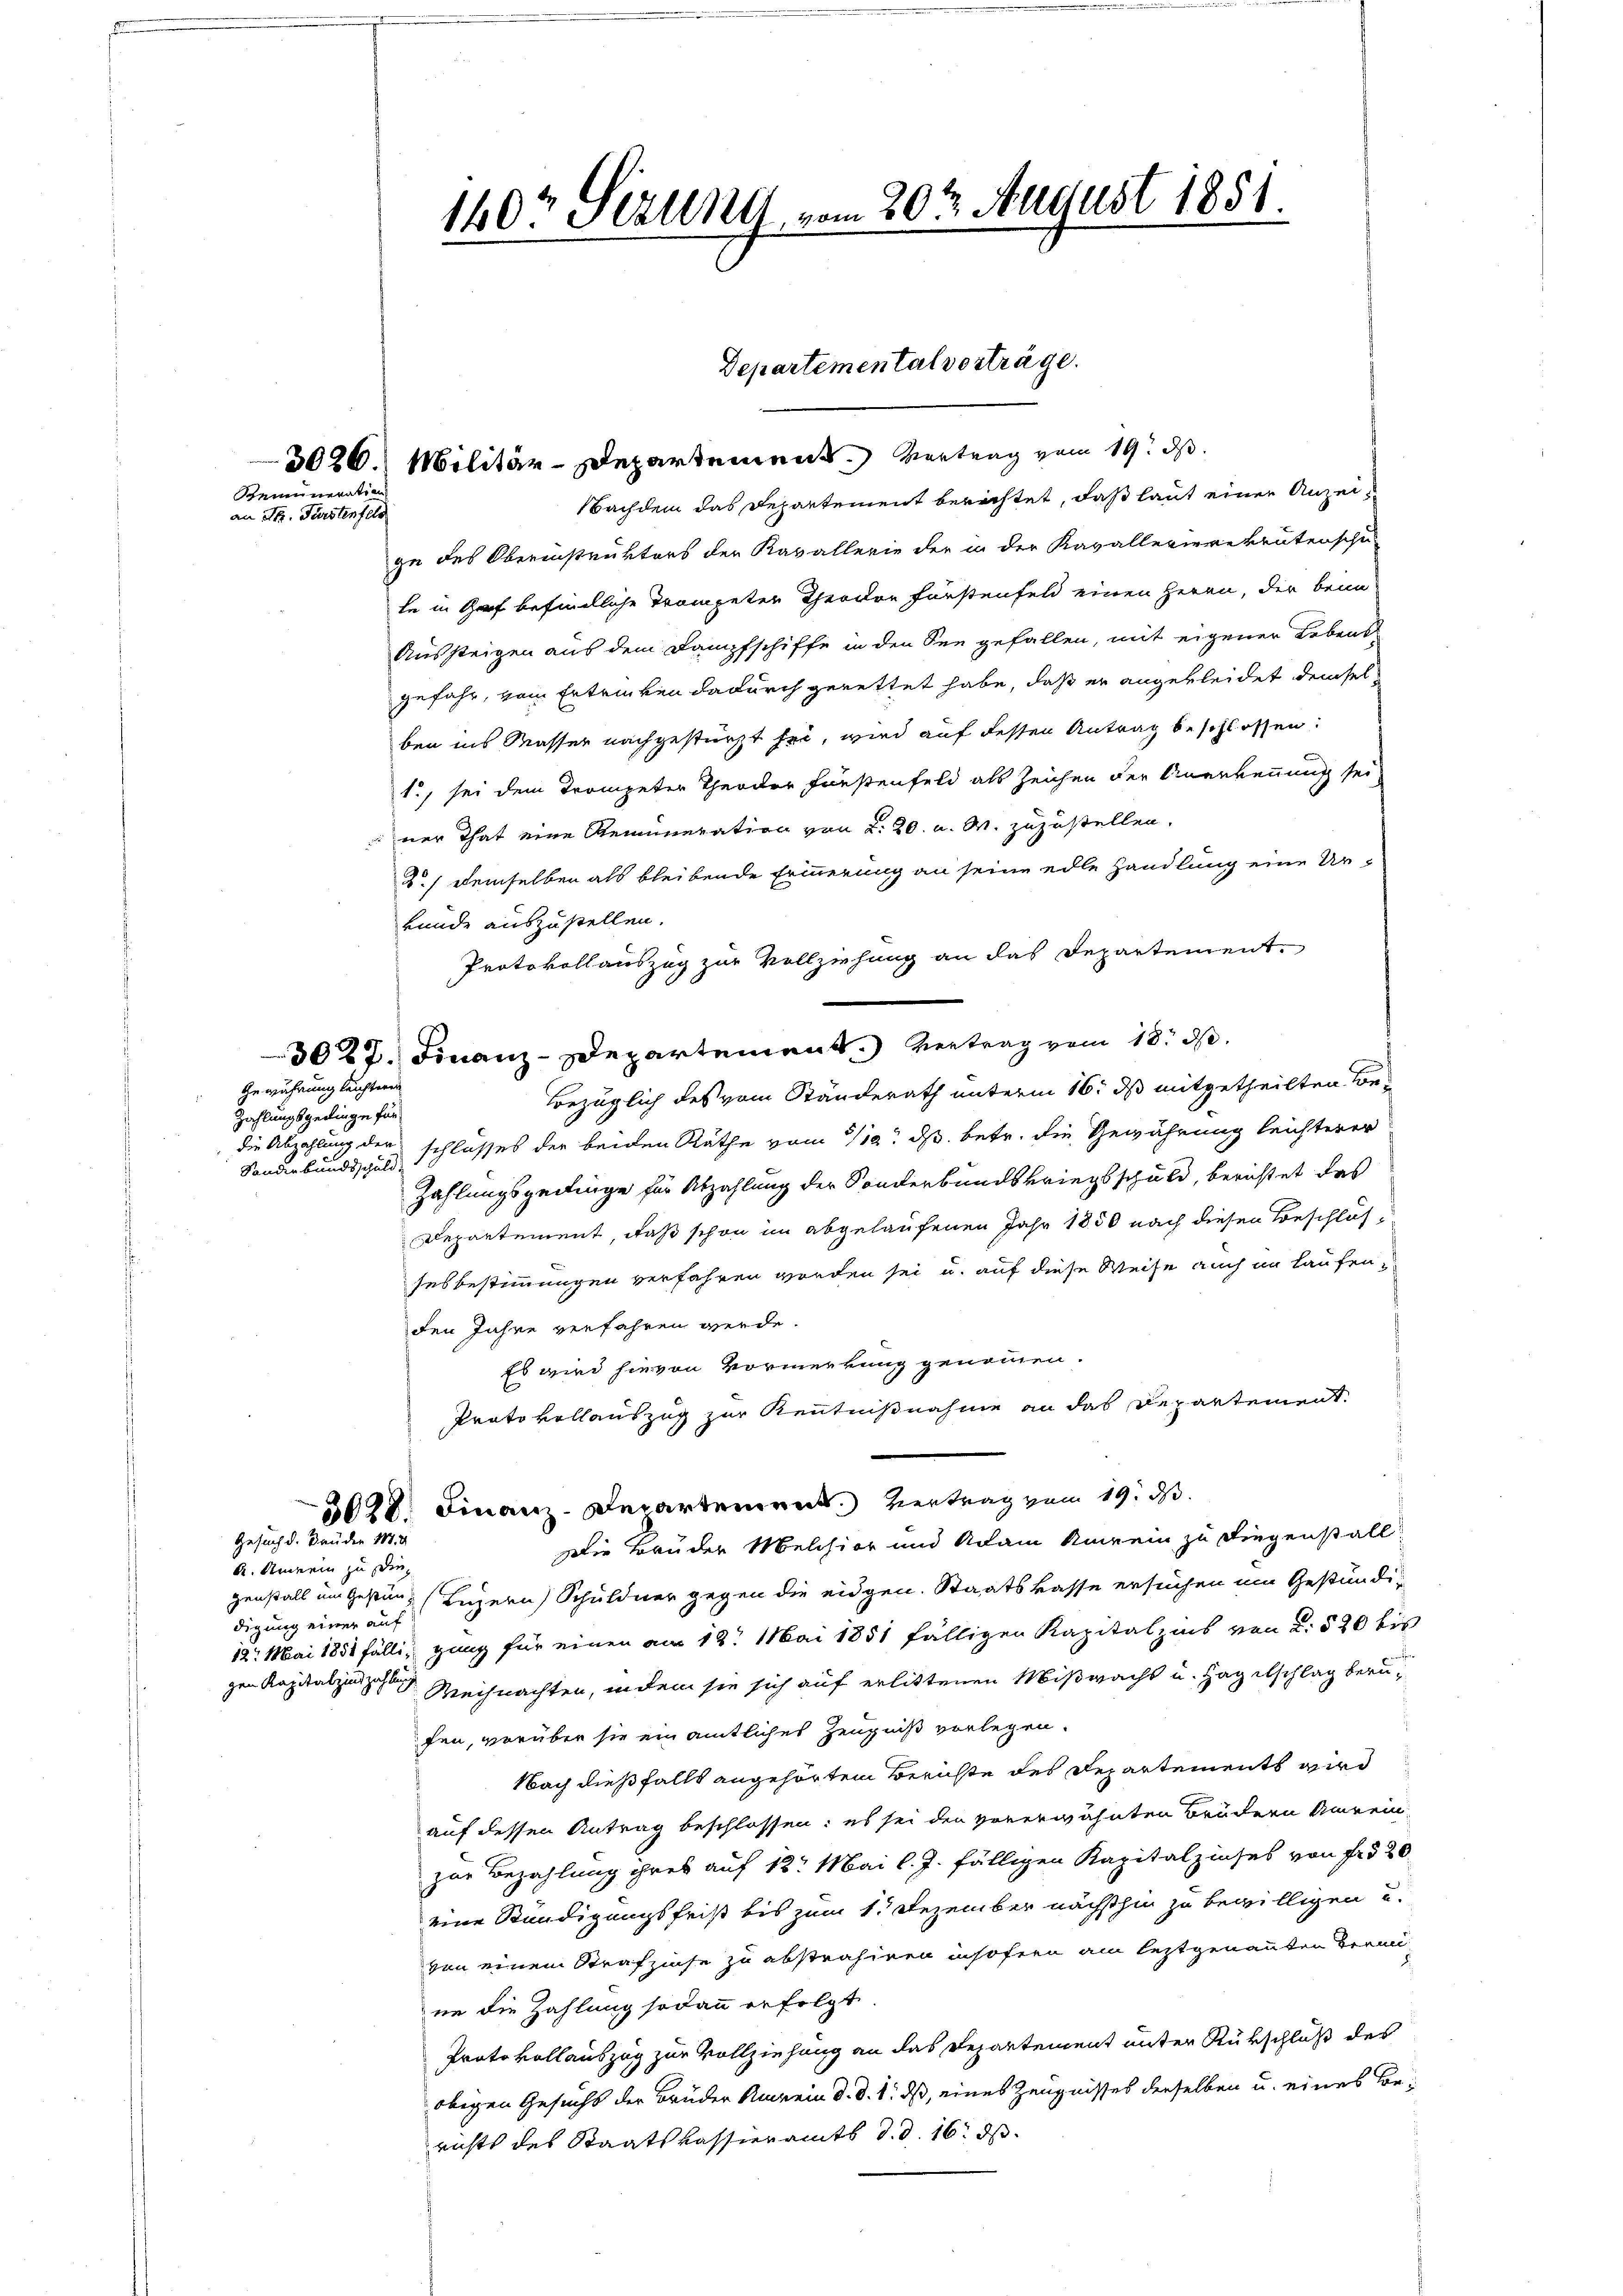
Remuneration
an Dr. Fürstenfels

Gewährung leichteren
Zahlungsgeringe für
Sonderbundsschuld.

140t Serung vom 20ten August 1851.

Gesuch d. Bauder 187. 4

und Anwein zu die
digung einer auf

Departemental vorträge.

3026. Militär-Departement. Vertrag vom 19. ds.
Nachdem das Departement berichtet, daß laut einer Anzeige des Oberinstruktors der Kavallerie der in der Kavallerierekrutenschu
le in Graf befindliche Trompeter Theodor Fürstenfeld einen Herrn, der beim
Aussteigen aus dem Dampfschiffe in den See gefallen, mit eigener Lebens-
gefahr, vom Ertrinken dadurch gerettet habe, daß er angekleidet demselben ins Masser nachgestürzt sei, wird auf dessen Antrag beschlossen:
1., sei dem Trompeter Theoder Fürstenfeld als Zeichen der Anerkennung sei
ner That eine Remuneration von 2. 20. d. M. zuzustellen.
d.) Demselben als bleibende Erinnerung an seine edle handlung eine Urkunde auszustellen.
Protokollauszug zur Vollziehung an das Departement.
30 R. Z. Finanz-Departement. Vertrag vom 18. d.
Bezüglich des vom Ständerath unterm 16. ds mitgetheilten Bedie Abzahlung der schlusses der beiden Räthe vom 1/12. ds. betr. die Gewährung leichterer
Zahlungszeitinge für Abzahlung der Sonderbundskriegsschuld, berichtet das
Departement, daß schon im abgelaufenen Jahr 1850 nach diesen Beschlus
sesbestimmungen verfahren worden sei u. auf diese Weise auch in laufen,
den Jahre verfahren werde.
Es wird hievon Vormerkung genommen.
Prato vollauszug zur Kenntnißnahme an das Departement.
Finanz-Departement. Vertrag vom 19. d.
3028.
Die Bruder Melchior und Adam Anwein zu Liegenstall
genstall um Gestanz Luzern Schuldner gegen die eidgen. Staatskasse ersuchen um Gestündi¬
12. Mai 1851 fällig ganz für einen am 12. Mai 1851 fälligen Kapitalzins von 2. 520 bis
gen Kapitalzinses Weihnachten, indem sie sich auf erlittenen Mißwacht u. Hagelschlag berufen, worüber sie ein amtliches Zeugniß vorlegen.
Nach dießfalls angehörten Berichte des Departements wird
auf dessen Antrag beschlossen: es sei den vorerwähnten Brüdern Amrein
zur Bezahlung ihres auf 12 Mai l. J. fälligen Kapitalzinses von fr § 20
eine Stündigungsfrist bis zum 1. Dezember nächsthin zu bewilligen u.
von einem Strafzinse zu abstrahiren insofern am leztgenannten Termi-
ne die Zahlung sodann erfolgt
Protokollauszug zur Vollziehung an das Departement unter Rükschluß des
obigen Gesuchs der Brüder Anrein d. d. 1. ds, eines Zeugnisses derselben u. eines Berichts des Staatskassieramts d. d. 16. ds.